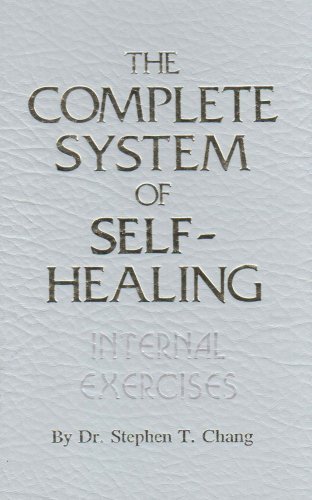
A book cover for The Complete System of Self-Healing: Internal Exercises; Dr. Stephen T. Chang; Health, Fitness & Dieting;